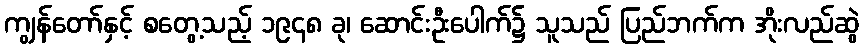
ကျွန်တော်နှင့် စတွေ့သည့် ၁၉၄၈ ခု၊ ဆောင်းဦးပေါက်၌ သူသည် ပြည်ဘက်က အိုးလည်ဆွဲ